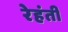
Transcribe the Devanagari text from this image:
रेहंती